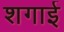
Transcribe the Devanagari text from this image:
शगाई